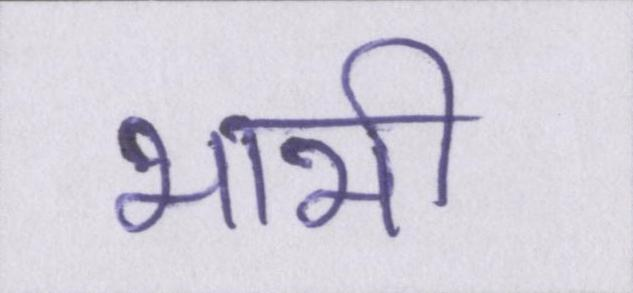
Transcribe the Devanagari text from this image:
भाभी